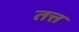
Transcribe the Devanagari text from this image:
तत्त